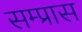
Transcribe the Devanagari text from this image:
सम्प्रास